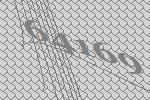
64169